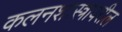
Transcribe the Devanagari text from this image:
कलनशास्त्रावरील